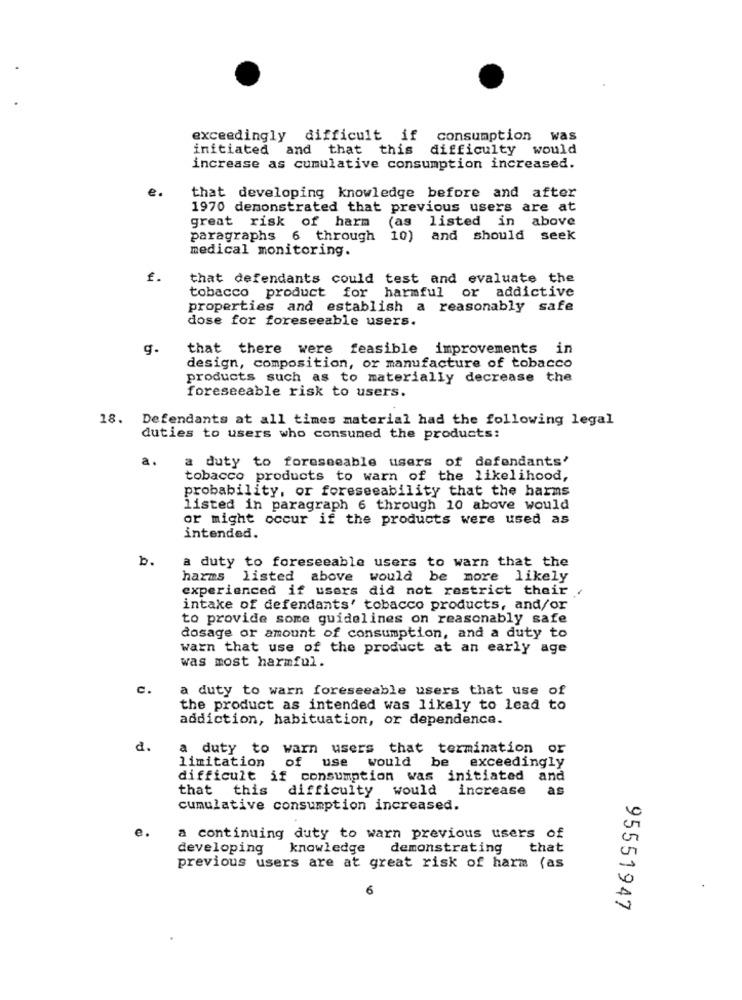
exceedingly difficult if
consumption was
initiated and that this difficulty would
increase as cumulative consumption increased.
e
that developing knowledge before and after
1970 demonstrated that previous users are at
great risk of harm
(as listed in above
paragraphs 6 through 10)
and should seek
medical monitoring.
£.
that defendants could test and evaluate the
tobacco product for harmful
or addictive
properties and establish a reasonably safe
dose for foreseeable users.
g.
that there were feasible improvements in
design, composition, or manufacture of tobacco
products such as to materially decrease the
foreseeable risk to users.
18. Defendants at all times material had the following legal
duties to users who consumed the products:
a.
a duty to foreseeable users of defendants'
tobacco products to warn of the likelihood,
probability, or foreseeability that the barns
listed in paragraph 6 through 10 above would
or might occur if the products were used as
intended.
b.
a duty to foreseeable users to warn that the
harms listed above would be more likely
experienced if users did not restrict their .
intake of defendants' tobacco products, and/or
to provide some guidelines on reasonably safe
dosage or amount of consumption, and a duty to
warn that use of the product at an early age
was most harmful.
c.
a duty to warn foreseeable users that use of
the product as intended was likely to lead to
addiction, habituation, or dependence.
d.
a duty to warn users that termination or
limitation
of
use
would be
exceedingly
difficult if consumption was initiated and
that this
difficulty would
increase
as
cumulative consumption increased.
e.
a continuing duty to warn previous users of
developing
knowledge
demonstrating
that
previous users are at great risk of harm (as
6
95551947